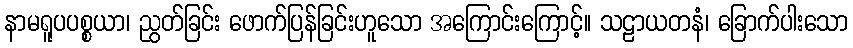
နာမရူပပစ္စယာ၊ ညွတ်ခြင်း ဖောက်ပြန်ခြင်းဟူသော အကြောင်းကြောင့်။ သဠာယတနံ၊ ခြောက်ပါးသော